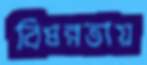
বিষন্নতায়